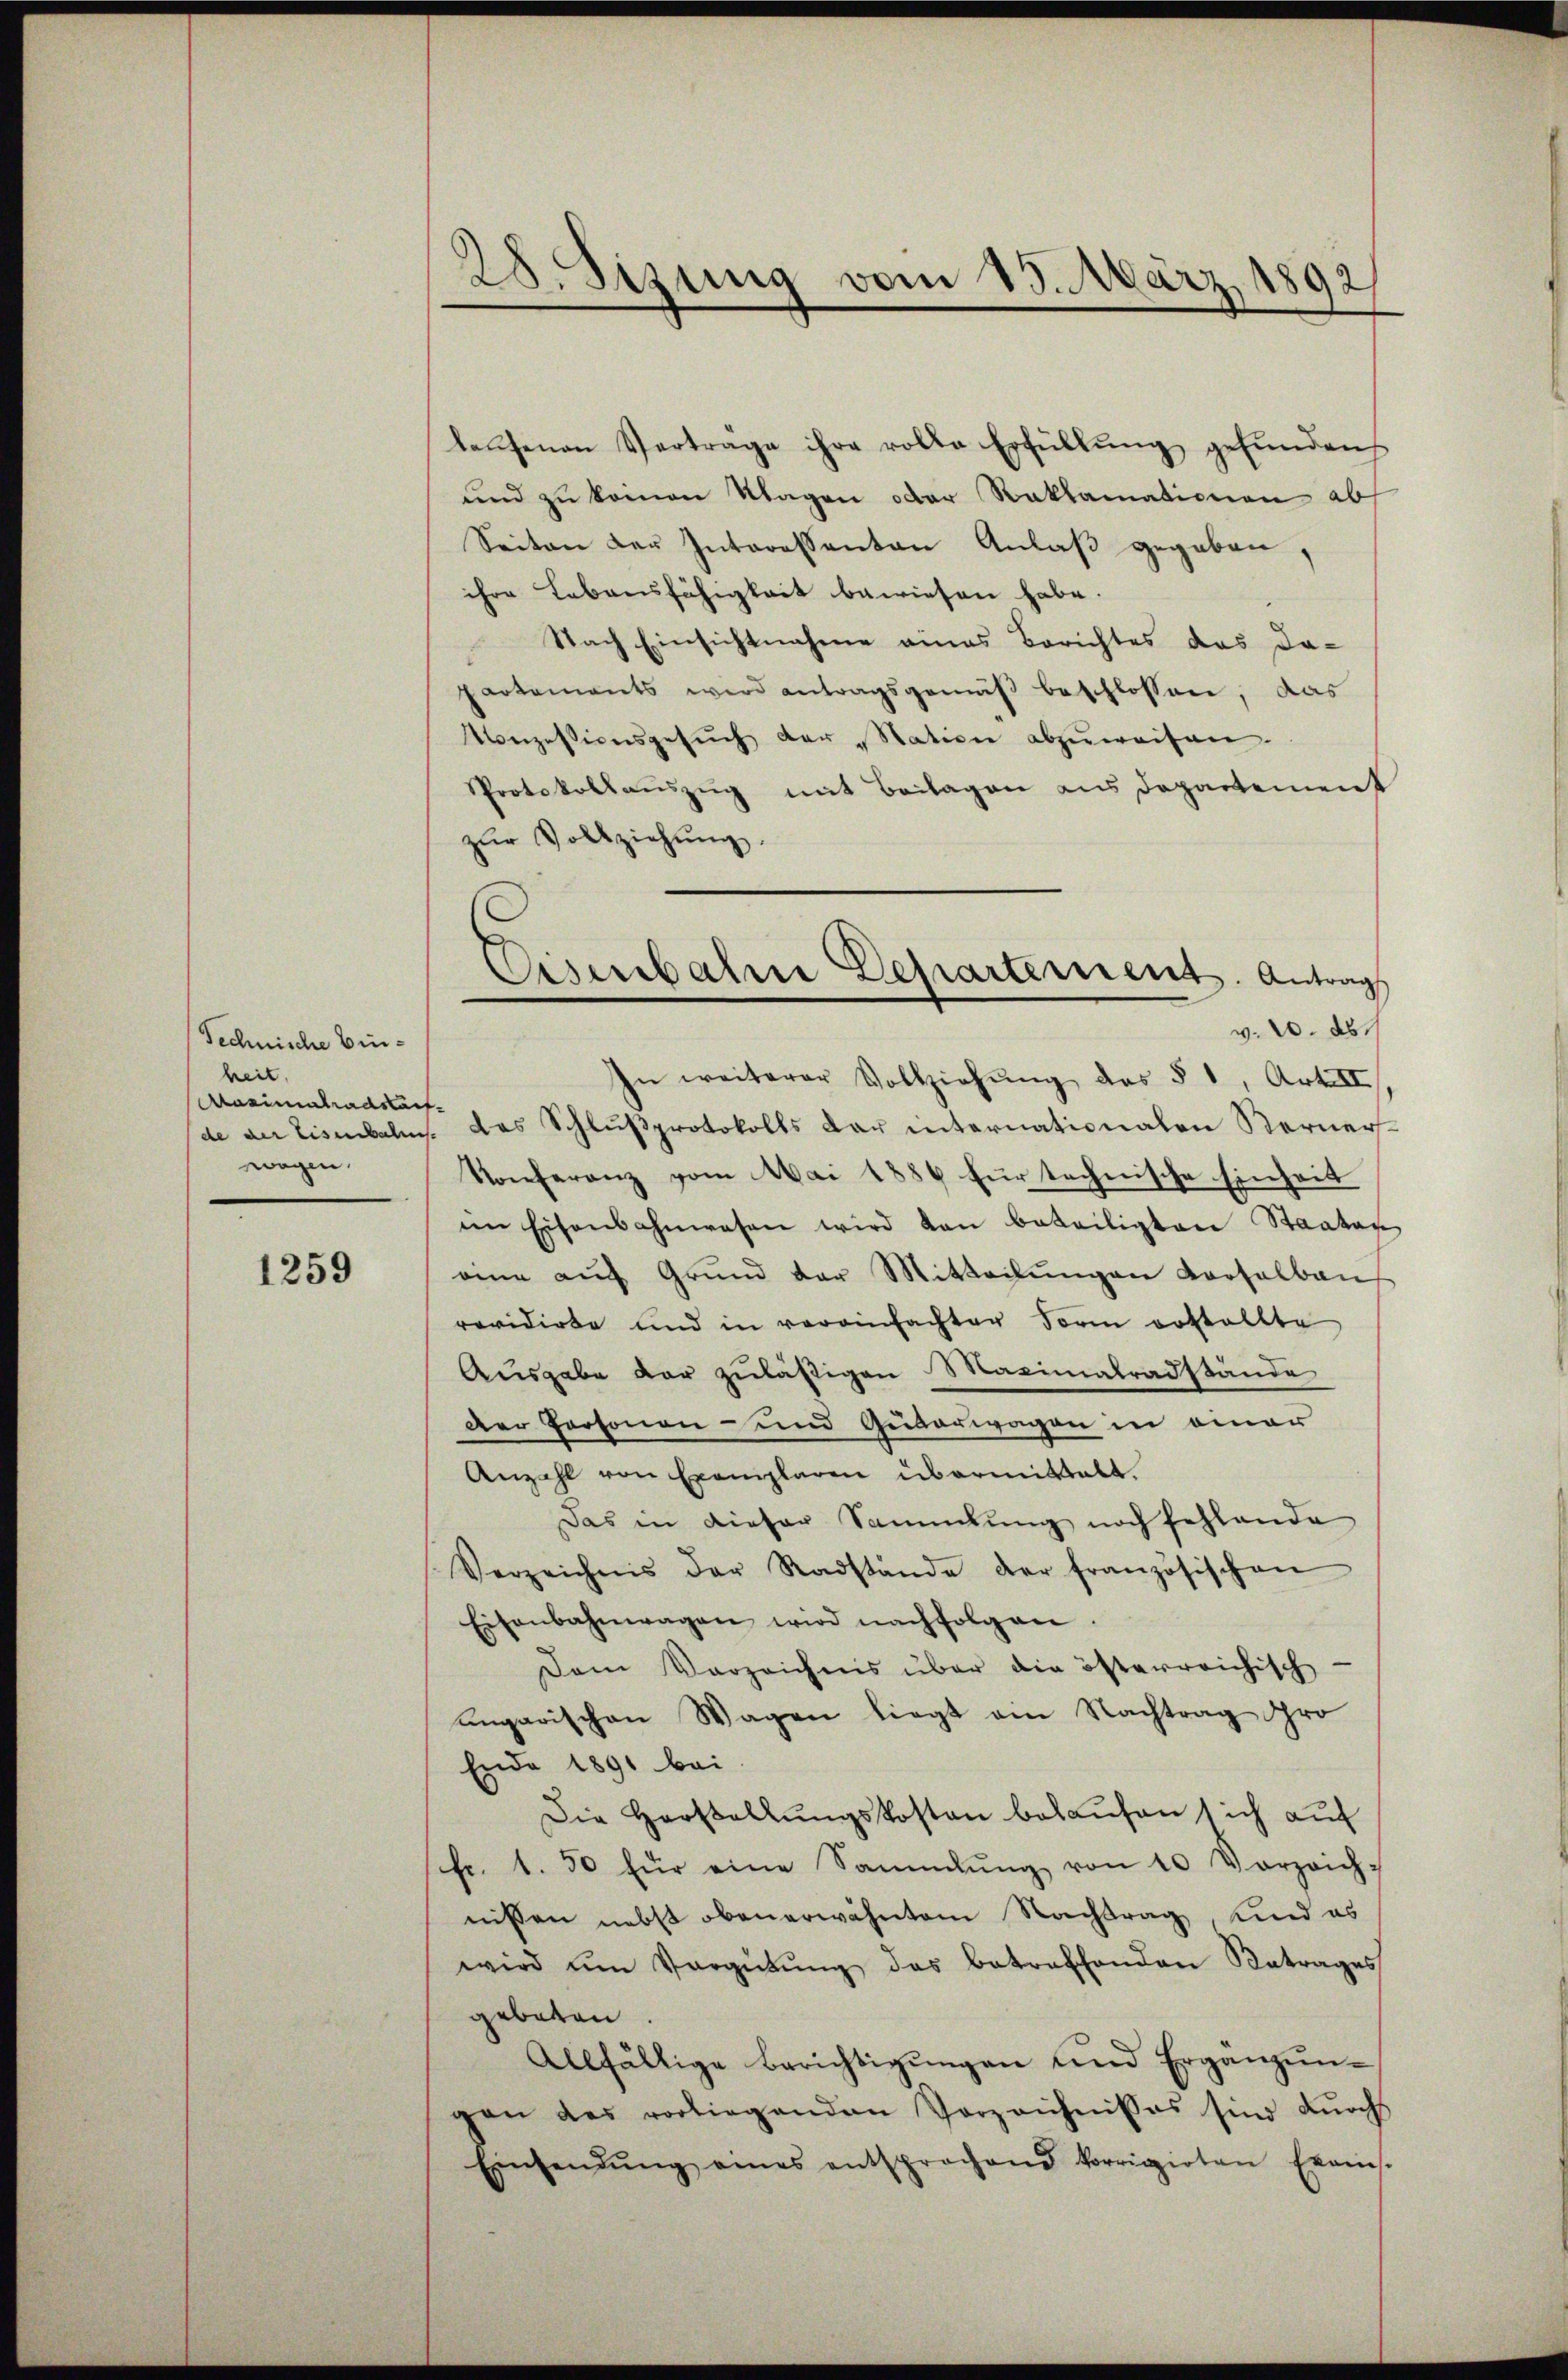
Technische Einheit
Aasimatradstan
de der Eisenbahn
wagen.

1259

28. Sizung vom 15. März 1892

lassenen Verträge ihre rolle Erfüllŭng gefŭnden
und zu keinen Klagen oder Reklamationen ab
Seiten der Interessanten Anlaß gegeben,
ihre Lebensfähigkeit bewiesen habe.
 Nach Einsichtnahme eines Berichtes das da-
Partements wird antragsgemäß beschlossen, das
onzessionsgesŭch der „Station abzŭweisen.
Protokollauszug mit Beilagen aus Departement
zŭr Vollziehŭng.
In weiterer Vollziehŭng des § 1, Art II
t
das Schlŭβprotokolls dar internationalen Kerner-
Konferenz vom Mai 1884 für technische Einheit
im Eisenbahnwesen wird von beteiligten Staates
eine aŭf Grŭnd der Mitteilŭngen Vorsalben
revidirte und in vereinfachter Form erstellte
Ausgabe dar zuläßigen Maximalradstände
Der Personen- und Guderwagen in einer
Anzahl von Exemplaren übermittelt.
Das in dieser Sammlung noch fehlende
Verzeichnis der Radstände der französischen
Eisenbahnwagen wird nachfolgen.
Dem Verzeichnis über die österreichisch-
ungarischen Wagen liegt ein Nachtrag Ihro
Ende 1891 bei.
Die Hartallŭngskosten belaufen sich auf
fr. 1. 50 für eine Sammlung von 10 Vorzeich-
nissen nebst oben erwähntem Nachtrag sind es
wird ŭm Vergütŭng das betreffenden Betrages
gebeten
Allfällige Berichtigŭngen und Ergänzŭn-
gan das vorliegenden Vorzeichnisses sind durchs
Einsendŭng eines entsprochend korrigirten Exams-

Eisenbahre Departement. Antrag
v. 20. ds